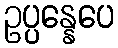
ဥပ္ပန္နေပေ